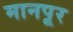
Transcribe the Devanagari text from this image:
मानपूर